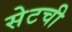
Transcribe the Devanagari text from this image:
सेटची